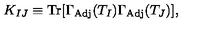
K _ { I J } \equiv \mathrm { T r } [ \Gamma _ { \mathrm { A d j } } ( T _ { I } ) \Gamma _ { \mathrm { A d j } } ( T _ { J } ) ] ,